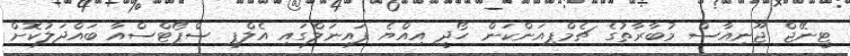
ޓީނޭޖް ޖޫނިއާސް މުބާރާތުގެ ޗެމްޕިއަންކަން ހޯދީ އިއްޔެ ފައިނަލްގައި އެލްޕީ ސްޕޯޓްސްއާ ބައްދަލުކޮށް